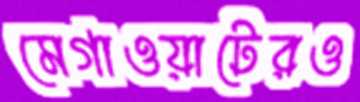
মেগাওয়াটেরও